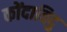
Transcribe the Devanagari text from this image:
कोंदाविदु